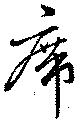
席